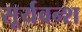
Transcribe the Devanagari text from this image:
सूर्यवन्श